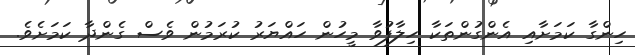
ހިންގާ ކަމަށާއި އެންގުންތަކާ ހިލާފުވާ މީހުން ހައްޔަރު ކުރަމުން ވެސް ގެންދާ ކަމަށެވެ.